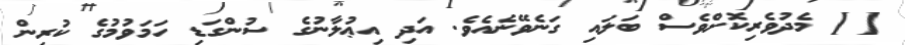
[ ] މެދުވެރިކޮށްވެސް ބަލައި ގަނެވޭނެއެވެ. އަދި އިޢުލާނުގެ ސުންގަޑި ހަމަވުމުގެ ކުރިން